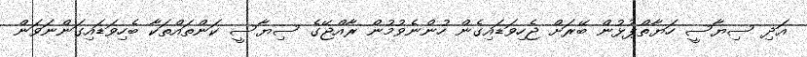
އަދި ސިޔާސީ ހަޔާތްޕުޅުން ބޭރަށް ޖެހިވަޑައިގެން ހުންނެވުމުން ރާއްޖޭގެ ސިޔާސީ ކަންތައްތަކާ ބެހިވަޑައިގަންނަވަން